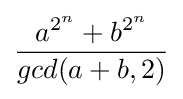
{\frac {a^{2^{n}}+b^{2^{n}}}{gcd(a+b,2)}}